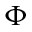
\Phi